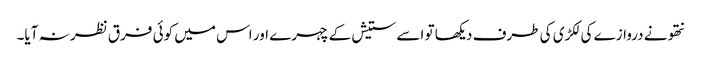
نتھو نے دروازے کی لکڑی کی طرف دیکھا تو اسے ستیش کے چہرے اور اس میں کوئی فرق نظر نہ آیا۔